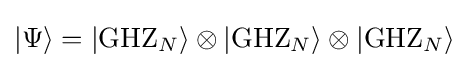
|\Psi \rangle =|{\rm {GHZ}}_{N}\rangle \otimes |{\rm {GHZ}}_{N}\rangle \otimes |{\rm {GHZ}}_{N}\rangle